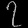
Digit: ၇